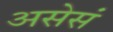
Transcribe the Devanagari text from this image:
असेसं